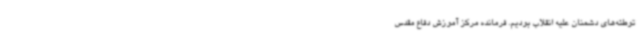
توطئه‌های دشمنان علیه انقلاب بودیم. فرمانده مرکز آموزش دفاع مقدس